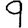
Digit: 9